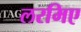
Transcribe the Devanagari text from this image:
लरमिए